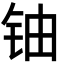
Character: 铀